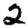
Digit: 2